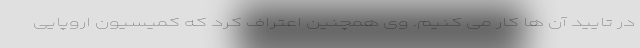
در تایید آن ها کار می کنیم. وی همچنین اعتراف کرد که کمیسیون اروپایی